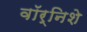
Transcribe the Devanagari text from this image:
वॉर्निशे